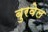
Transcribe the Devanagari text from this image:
बुरवेल